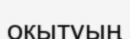
оқытуың